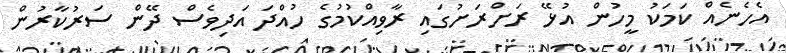
އެހެނެއް ކަމަކު މީހުން އުޅޭ ރަށްރަށުގައި ރާވިއްކުމުގެ ހުއްދަ އަދިވެސް ދޭން ސަރުކާރުން